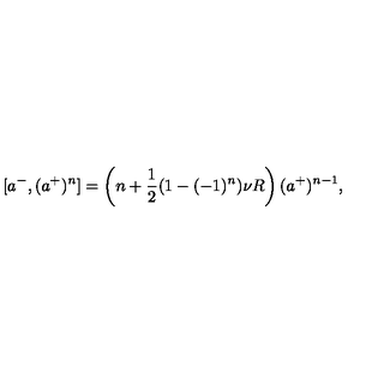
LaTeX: [ a ^ { - } , ( a ^ { + } ) ^ { n } ] = \left( n + \frac { 1 } { 2 } ( 1 - ( - 1 ) ^ { n } ) \nu R \right) ( a ^ { + } ) ^ { n - 1 } ,